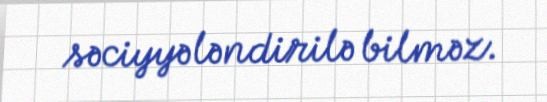
səciyyələndirilə bilməz.